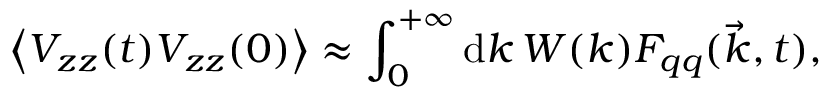
\left\langle V _ { z z } ( t ) V _ { z z } ( 0 ) \right\rangle \approx \int _ { 0 } ^ { + \infty } \mathrm { d } k \, W ( k ) F _ { q q } ( \vec { k } , t ) ,